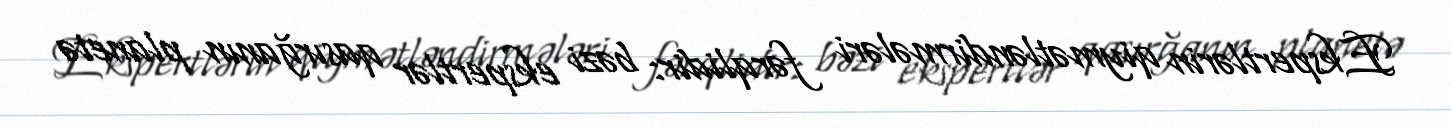
Ekspertlərin qiymətləndirmələri fərqlidir: bəzi ekspertlər qasırğanın planetə